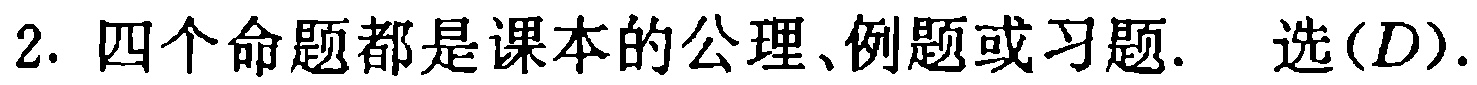
2. 四个命题都是课本的公理、例题或习题. 选\((D)\).